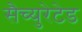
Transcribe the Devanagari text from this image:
सैच्युरेटेड